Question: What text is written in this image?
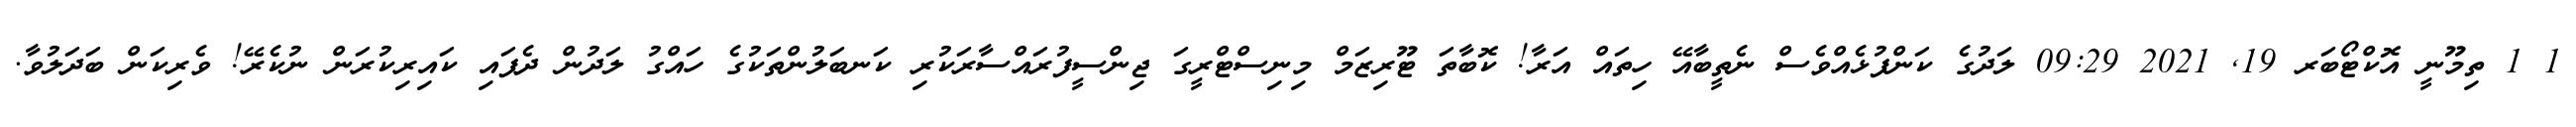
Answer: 1 1 ތިމޫނީ އޮކްޓޯބަރ 19, 2021 09:29 ލަދުގެ ކަންފުޅެއްވެސް ނެތީބާއޭ ހިތައް އަރާ! ކޮބާތަ ޓޫރިޒަމް މިނިސްޓްރީގަ ޖިންސީފުރައްސާރަކުރި ކަނބަލުންތަކުގެ ހައްގު ލަދުން ދެފައި ކައިރިކުރަން ނުކެރޭ! ވެރިކަން ބަދަލުވާ.